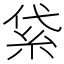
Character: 𥿝